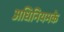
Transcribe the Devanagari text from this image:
अधिनियमके